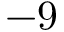
- 9